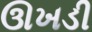
ઊખડી